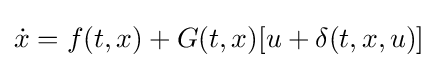
{\dot {x}}=f(t,x)+G(t,x)[u+\delta (t,x,u)]